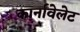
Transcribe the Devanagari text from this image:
कार्नावेलेट